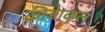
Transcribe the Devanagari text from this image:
क्रीडाकुल